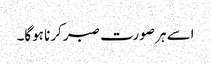
اسے ہر صورت صبر کرنا ہوگا۔